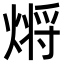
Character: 𭵲